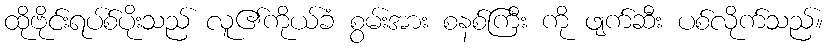
ထိုဗိုင်းရပ်စ်ပိုးသည် လူ၏ကိုယ်ခံ စွမ်းအား စနစ်ကြီး ကို ဖျက်ဆီး ပစ်လိုက်သည်။